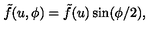
\tilde { f } ( u , \phi ) = \tilde { f } ( u ) \sin ( \phi / 2 ) ,